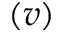
( v )